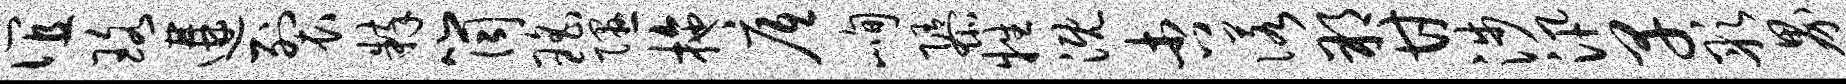
谊珞遘裂粹筒瑶隰拖底峋隳牲溉杏诺朔甘涉汛早彤界